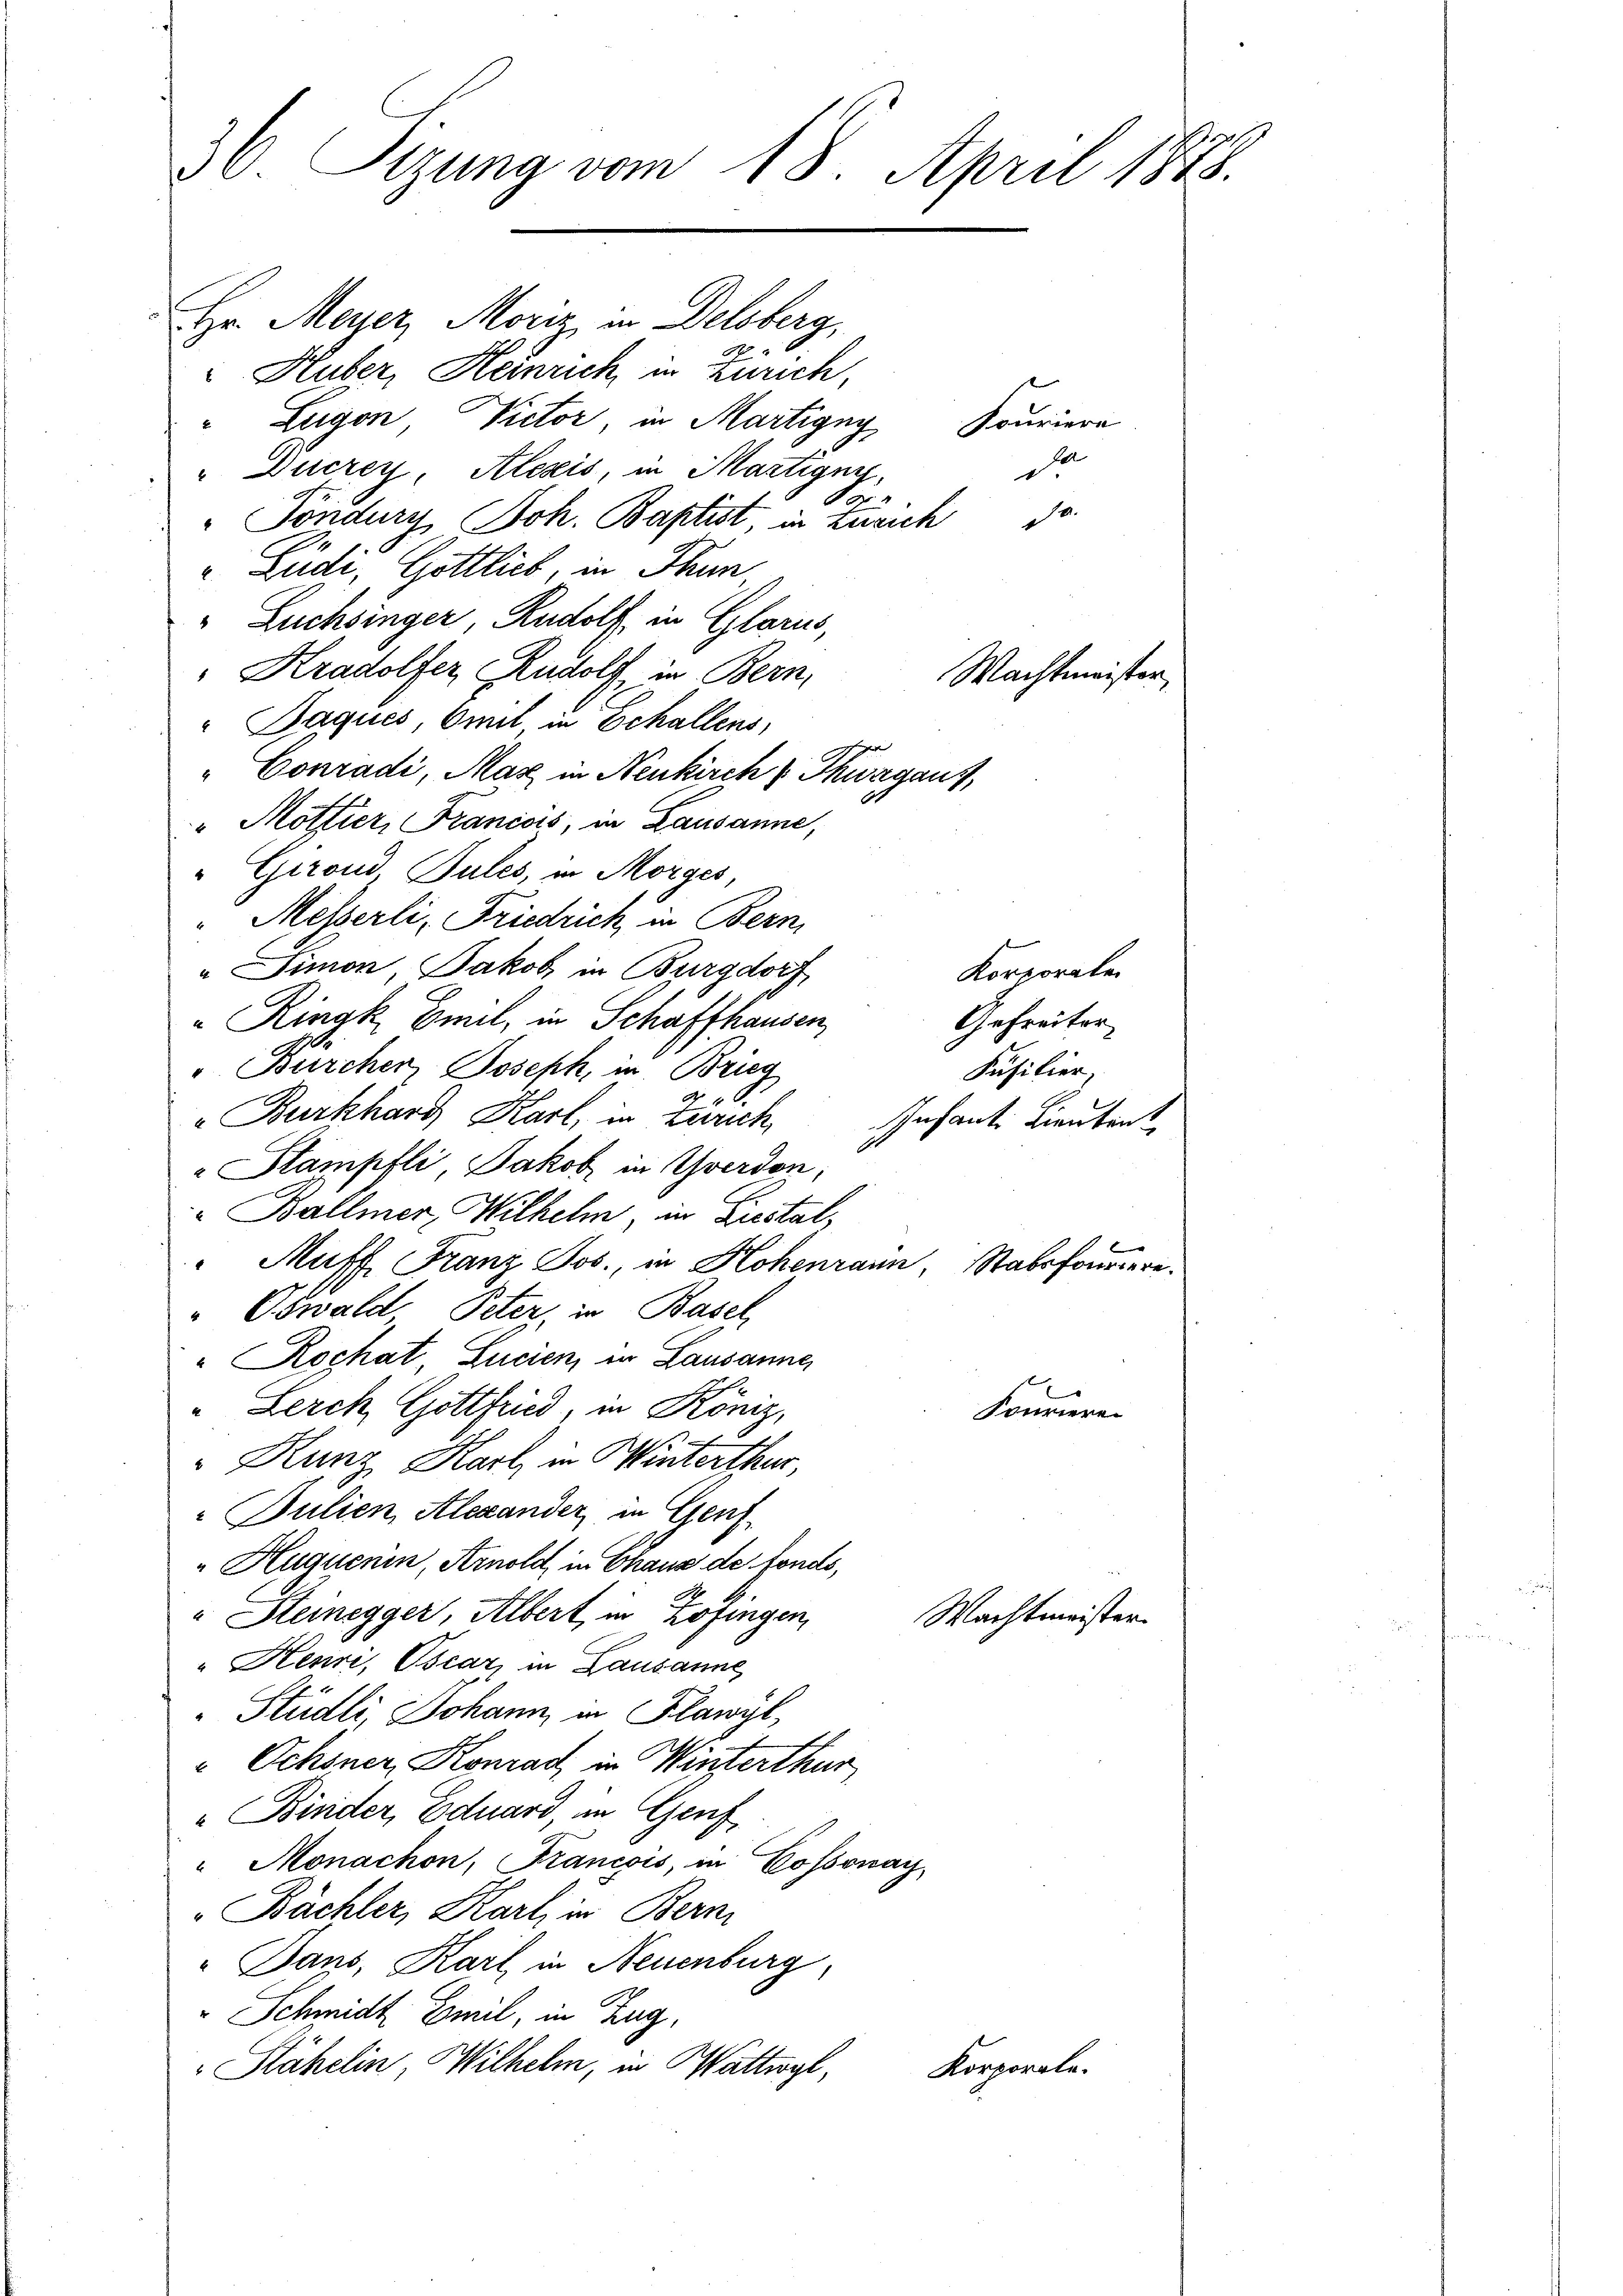
36. Sizung vom 18. April 1848.

Hr. Meyer, Moriz in Delsberg,
.
Huber, Heinrich in Zürich,
Lugon Victor in Martigny,
" Ducrey, Alesis, in Martigny,
or
.
"Sondury, Joh. Baptist, in Zürich
" Lüdi, Gottlich, in Thun,
" Zuchsinger, Rudolf, in Glarus,
"Kradolfer, Rudolf, in Bern,
Machtmeister,
" Paques, Emil in Echallens,
Conradi, Mas in Neukirch Thurgaus,
"Möttier, Francois, in Lausanne,
Grond Pules, in Morges
Messerli, Friedrich in Bern,
" Simon Jakob in Burgdorf
"Rinak Emil, in Schaffhausen
Bürcher Joseph, in Brieg
"Burkhard Karl, in Zürich,
Stampfli Jakob in Yverdon;
" Ballmer, Wilhelm, in Liestal,
Muff, Franz Jos., in Hohenrann, Stabsfouriere.
"Oswald, Peter in Basel,
" Rochat, Lucien, in Lausannes
" Lerch Gottfried, in König,
Kourieren
Kunz Karl in Winterthur,
 Julien, Alexander, in Genf
"Huguenin, Arnold in Chaus de fonds,
" Steinegger, Albert, in Zofingen,
Wachtmeister
"Hesiri, Oscar, in Lausanne
Stüdli, Johann, in Flawyl,
 Ochsner, Konrad in Winterthur,
" Binder, Eduard, im Genf
" Monachon, Francois, in Cossonay,
Bächler, Karl, in Bern
Dans, Karl in Neuenburg,
" Schmidt Emil, in Zug,
Stähelin, Wilhelm, in Wattwyl,
Korporale.

Korporaten
Gefreiter
Füsilier,
Infant. Lieutent

Fouriere
d
d.